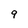
Character: 9